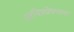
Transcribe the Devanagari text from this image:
दूरचित्रप्रेषणाचा